Report on lock hospitals in British Burma
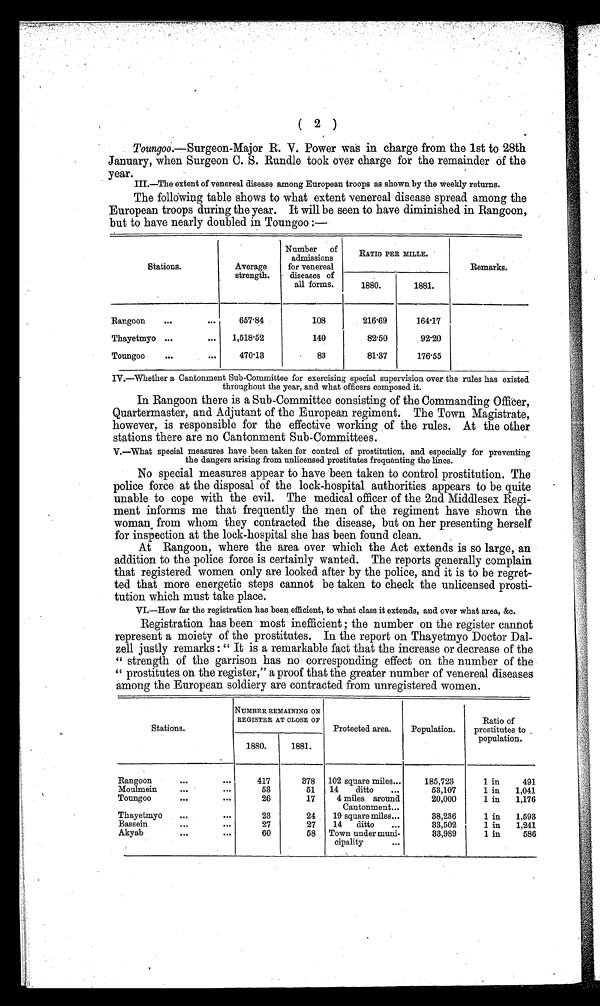
( 2 )
Toungoo.—Surgeon-Major R. V. Power was in charge from the 1st to 28th
January, when Surgeon C. S. Rundle took over charge for the remainder of the
year.
III.—The extent of venereal disease among European troops as shown by the weekly returns.
The fallowing table shows to what extent venereal disease spread among the
European troops during the year. It will be seen to have diminished in Rangoon,
but to have nearly doubled in Tounoo:—
Stations.
Average
strength.
Number of
admissions
for venereal
diseases of
all forms.
RATIO PER MILLE.
Remarks.
1880.
1881.
Rangoon
...
...
657.84
108
216.69
164.17
Thayetmyo ...
...
1,518.52
140
82.50
92.20
Toungoo
...
470-13
83
81.37
176.55
IV.—Whether a Cantonment Sub-Committee for exercising special supervision over the rules has existed
throughout the year, and what officers composed it.
In Rangoon there is a Sub-Committee consisting of the Commanding Officer,
Quartermaster, and Adjutant of the European regiment. The Town Magistrate,
however, is responsible for the effective working of the rules. At the other
stations there are no Cantonment Sub-Committees.
V.—What special measures have been taken for control of prostitution, and especially for preventing
the dangers arising from unlicensed prostitutes frequenting the lines.
No special measures appear to have been taken to control prostitution. The
police force at the disposal of the lock-hospital authorities appears to be quite
unable to cope with the evil. The medical officer of the 2nd Middlesex Regi-
ment informs me that frequently the men of the regiment have shown the
woman. from whom they contracted the disease, but on her presenting herself
for inspection at the lock-hospital she has been found clean.
At Rangoon, where the area over which the Act extends is so large, an
addition to the police force is certainly wanted. The reports generally complain
that registered women only are looked after by the police, and it is to be regret-
ted that more energetic steps cannot be taken to check the unlicensed prosti-
tution which must take place.
VI.—How far the registration has been efficient, to what class it extends, and over what area, &c.
Registration has been most inefficient ; the number on the register cannot
represent a moiety of the prostitutes. In the report on Thayetmyo Doctor Dal-
zell justly remarks : " It is a remarkable fact that the increase or decrease of the
strength of the garrison has no corresponding effect on the number of the
prostitutes on the register," a proof that the greater number of venereal diseases
among the European soldiery are contracted from unregistered women.
Stations.
NUMBER REMAINING ON
REGISTER AT CLOSE OF
Protected area.
Population.
Ratio of
prostitutes to
population.
1880.
1881.
Rangoon
...
. . .
417
378 102 square miles...
185,723
1 in
491
Moulmein
...
...
53
51 14
ditto
...
53,107
1 in
1,041
Toungoo
. . . . . .
26
17
4 miles around
Cantonment...
20,000
1 in
1,176
Thayetmyo
...
. . .
23
24
1 9 s q u a r e m i l e s . . .
38,236
1 in
1,593
Bassein
...
. . .
27
27
14 ditto
...
33,502
1 in
1,241
Akyab
...
. . .
60
58 Town under muni-
cipality
. . .
33,989
1 in
586